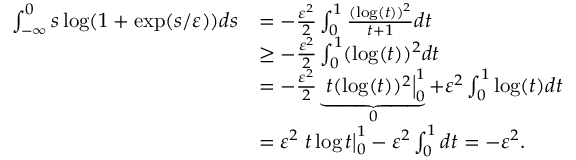
\begin{array} { r l } { \int _ { - \infty } ^ { 0 } s \log ( 1 + \exp ( s / \varepsilon ) ) d s } & { = - \frac { \varepsilon ^ { 2 } } { 2 } \int _ { 0 } ^ { 1 } \frac { ( \log ( t ) ) ^ { 2 } } { t + 1 } d t } \\ & { \ge - \frac { \varepsilon ^ { 2 } } { 2 } \int _ { 0 } ^ { 1 } ( \log ( t ) ) ^ { 2 } d t } \\ & { = - \frac { \varepsilon ^ { 2 } } { 2 } \underbrace { \left. t ( \log ( t ) ) ^ { 2 } \right| _ { 0 } ^ { 1 } } _ { 0 } + \varepsilon ^ { 2 } \int _ { 0 } ^ { 1 } \log ( t ) d t } \\ & { = \varepsilon ^ { 2 } \left. t \log t \right| _ { 0 } ^ { 1 } - \varepsilon ^ { 2 } \int _ { 0 } ^ { 1 } d t = - \varepsilon ^ { 2 } . } \end{array}